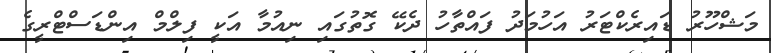
މަޝްހޫރު ޑައިރެކްޓަރު އަހުމަދު ފައްތާހު ދެކޭ ގޮތުގައި ނިއުމާ އަކީ ފިލްމް އިންޑަސްޓްރީގެ